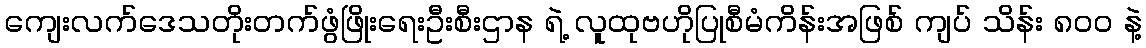
ကျေးလက်ဒေသတိုးတက်ဖွံဖြိုးရေးဦးစီးဌာန ရဲ့ လူထုဗဟိုပြုစီမံကိန်းအဖြစ် ကျပ် သိန်း ၈၀၀ နဲ့